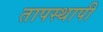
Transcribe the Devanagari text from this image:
तापस्थापी